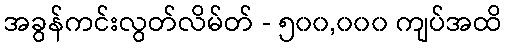
အခွန်ကင်းလွတ်လိမ်တ် - ၅၀၀,၀၀၀ ကျပ်အထိ